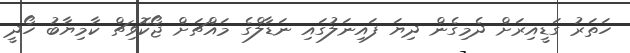
ހަތަރު ގަޑީއިރަށް ދެމިގެން ދިޔަ ފައިނަލުގައި ނަޑާލްގެ މައްޗަށް ޖޯކޮވިޗް ކާމިޔާބު ހޯދީ